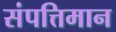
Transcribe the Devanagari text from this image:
संपत्तिमान